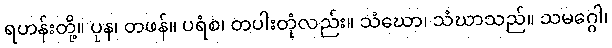
ရဟန်းတို့။ ပုန၊ တဖန်။ ပရံစ၊ တပါးတုံလည်း။ သံဃော၊ သံဃာသည်။ သမဂ္ဂေါ၊